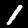
Label: 1